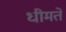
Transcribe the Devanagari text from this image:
धीमते